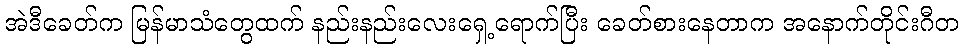
အဲဒီခေတ်က မြန်မာသံတွေထက် နည်းနည်းလေးရှေ့ရောက်ပြီး ခေတ်စားနေတာက အနောက်တိုင်းဂီတ